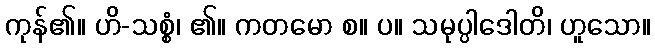
ကုန်၏။ ဟိ-သစ္စံ၊ ၏။ ကတမော စ။ ပ။ သမုပ္ပါဒေါတိ၊ ဟူသော။